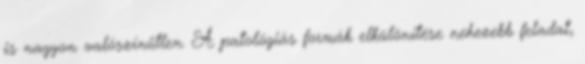
is nagyon valószínűtlen. A patológiás formák elkülönítése nehezebb feladat,